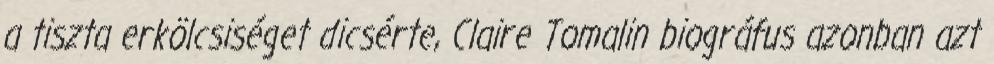
a tiszta erkölcsiséget dicsérte, Claire Tomalin biográfus azonban azt